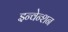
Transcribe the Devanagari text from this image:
इन्वेन्शन